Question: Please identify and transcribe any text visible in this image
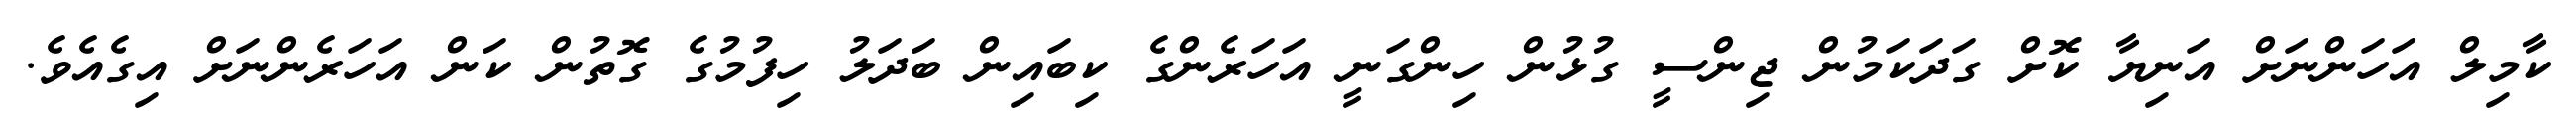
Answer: ކާމިލް އަހަންނަށް އަނިޔާ ކޮށް ގަދަކަމުން ޖިންސީ ގުޅުން ހިންގަނީ އަހަރެންގެ ކިބައިން ބަދަލު ހިފުމުގެ ގޮތުން ކަން އަހަރެންނަށް އިގެއެވެ.